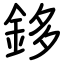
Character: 鉹